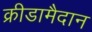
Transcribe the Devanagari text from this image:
क्रीडामैदान